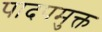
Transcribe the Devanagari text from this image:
पादपमुक्त